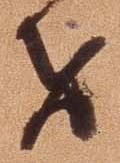
者